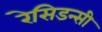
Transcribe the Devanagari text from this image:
रेसिडन्सी